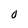
Character: O